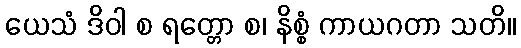
ယေသံ ဒိဝါ စ ရတ္တော စ၊ နိစ္စံ ကာယဂတာ သတိ။